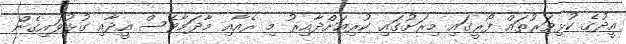
އީދުގެ ކުޅިވަރުތައް ފޯރީގައި މިރަށުގައި ކުރިއަށްދާއިރު މި ރެއާއި މާދަމާވެސް އީދާއި ގުޅުވައިގެން